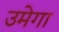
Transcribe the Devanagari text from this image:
उमेगा